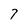
Character: 7